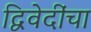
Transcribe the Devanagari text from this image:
द्विवेदींचा